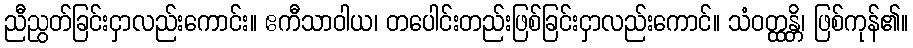
ညီညွတ်ခြင်းငှာလည်းကောင်း။ ဧကီသာဝါယ၊ တပေါင်းတည်းဖြစ်ခြင်းငှာလည်းကောင်။ သံဝတ္ထန္တိ၊ ဖြစ်ကုန်၏။